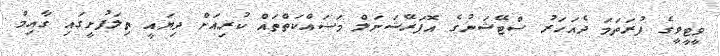
ވީޓީވީގެ ފުރަތަމަ ދެއަހަރު ސްޓޭޝަނުގެ އޮޕަރޭޝަނަލް މަސައްކަތްތައް ކުރިއަށް ދިޔައީ ތިލަފުށީގައި ގާއިމް